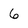
Character: 6